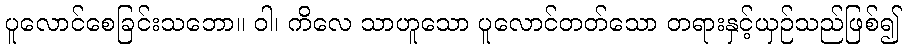
ပူလောင်စေခြင်းသဘော။ ဝါ၊ ကိလေ သာဟူသော ပူလောင်တတ်သော တရားနှင့်ယှဉ်သည်ဖြစ်၍